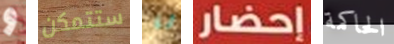
و ستتمكن شا إحضار الحاكمة